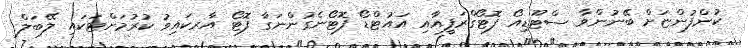
ކުންފުންޏަށް ބޭނުންވާ ސްޓޫޑިއޯ ފޮޓޯގްރަފީއާއި އައުޓްޑޯ ފޮޓޯނެގުންނަގާ ފޮޓޯ އާރކައިވު ކުރުމަށްޓަކައި ލޭބަލް